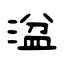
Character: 湓